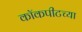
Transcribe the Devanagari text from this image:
कॉकपीटच्या